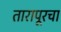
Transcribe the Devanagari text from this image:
तारापूरचा